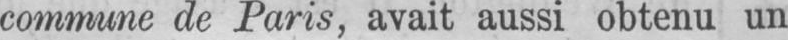
commune de Paris, avait aussi obtenu un